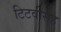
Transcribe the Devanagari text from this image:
टिटवीसह